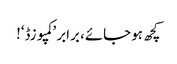
کچھ ہو جائے، برابر ’کمپوزڈ‘!